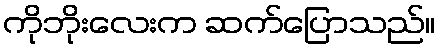
ကိုဘိုးလေးက ဆက်ပြောသည်။